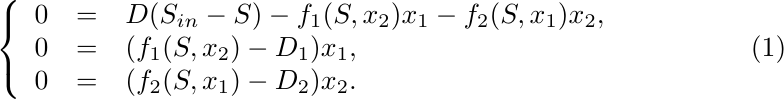
\begin{equation}                         \label{SystSS}
\left\{\begin{array}{lll}
0 &=&  D(S_{in}-S)-f_1(S,x_2)x_1-f_2(S,x_1)x_2,\\
0 &=&  (f_1(S,x_2)-D_1)x_1, \\
0 &=&  (f_2(S,x_1)-D_2)x_2.
\end{array}\right.
\end{equation}